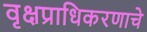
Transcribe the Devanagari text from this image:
वृक्षप्राधिकरणाचे